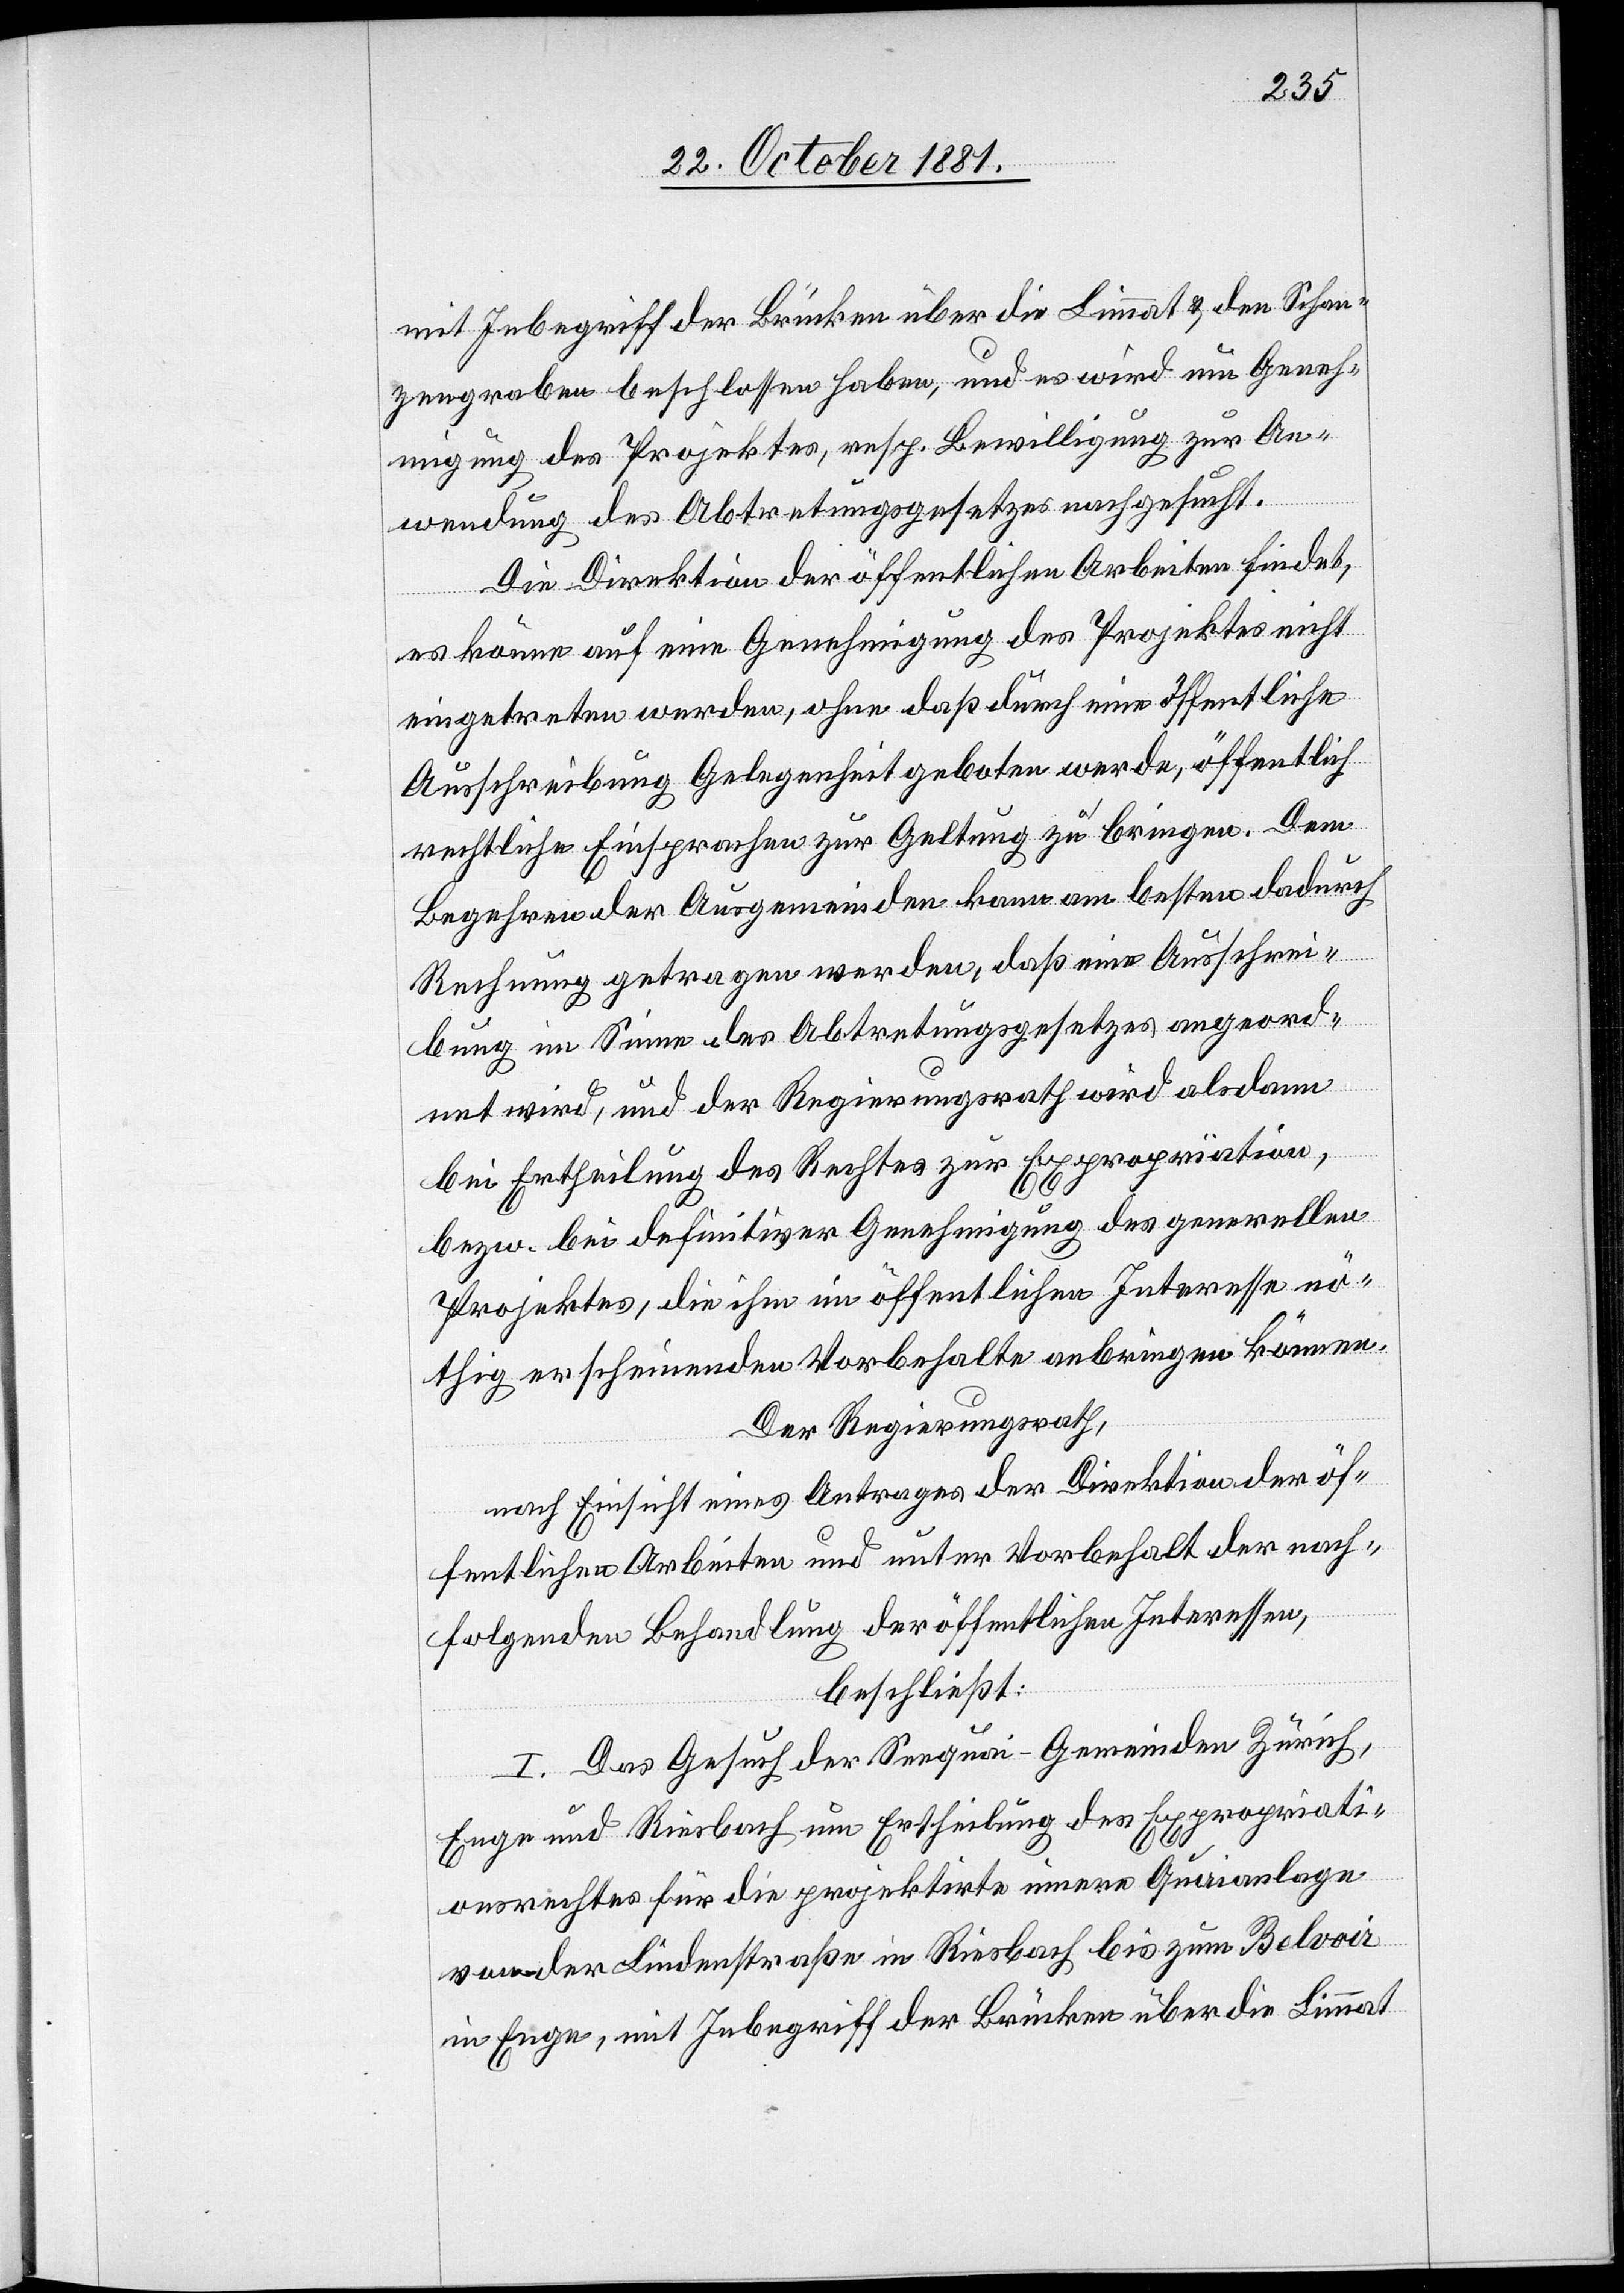
mit Inbegriff der Brücken über die Limmat & den Schan¬
zengraben beschlossen haben, und es wird um Geneh¬
migung des Projektes, resp. Bewilligung zur An¬
wendung des Abtretungsgesetzes nachgesucht.
Die Direktion der öffentlichen Arbeiten findet,
es könne auf eine Genehmigung des Projektes nicht
eingetreten werden, ohne daß durch eine öffentliche
Ausschreibung Gelegenheit geboten werde, öffentlich
rechtliche Einsprachen zur Geltung zu bringen. Dem
Begehren der Ausgemeinden kann am besten dadurch
Rechnung getragen werden, daß eine Ausschrei¬
bung im Sinne des Abtretungsgesetzes angeord¬
net wird, und der Regierungsrath wird alsdann
bei Ertheilung des Rechtes zur Expropriation,
bezw. bei definitiver Genehmigung des generellen
Projektes, die ihm im öffentlichen Interesse nö¬
thig erscheinenden Vorbehalte anbringen können.
Der Regierungsrath,
nach Einsicht eines Antrages der Direktion der öf¬
fentlichen Arbeiten und unter Vorbehalt der nach¬
folgenden Behandlung der öffentlichen Interesse,
beschließt:
1. Das Gesuch der Seequai-Gemeinden Zürich,
Enge und Riesbach um Ertheilung des Expropriati¬
onsrechtes für die projektirte innere Quaianlage
von der Lindenstraße in Riesbach bis zum Belvoir
in Enge, mit Inbegriff der Brücken über die Limmat